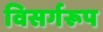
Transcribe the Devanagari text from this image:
विसर्गरूप